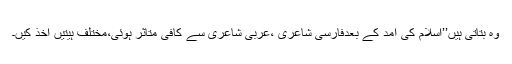
وہ بتاتی ہیں’’اسلام کی آمد کے بعدفارسی شاعری ،عربی شاعری سے کافی متاثر ہوئی،مختلف ہیتیں اخذ کیں۔